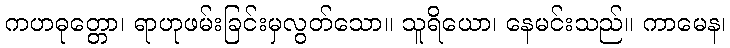
ကဟဓုတ္တော၊ ရာဟုဖမ်းခြင်းမှလွတ်သော။ သူရိယော၊ နေမင်းသည်။ ကာမေန၊